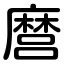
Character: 麿